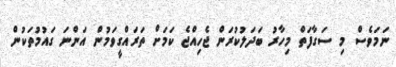
ނަމަވެސް މި ސަގާފަތް މިހާރު ބަދަލުކުރަން ޖެހިއްޖެ ކަމަށް ތަރައްގީވަމުން އަންނަ ގައުމުތަކުން